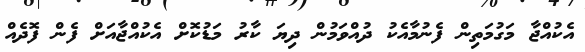
އެކުއްޖާ މަގުމަތިން ފެނުމާއެކު ދުއްވަމުން ދިޔަ ކާރު މަޑުކޮށް އެކުއްޖާއަށް ފެން ފޮދެއް